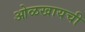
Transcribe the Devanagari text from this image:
ओळखायची